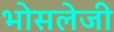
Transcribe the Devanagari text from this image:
भोसलेजी